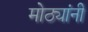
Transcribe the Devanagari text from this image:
मोठ्यांनी